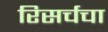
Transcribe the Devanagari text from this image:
रिसर्चचा